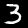
Label: 3